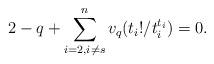
LaTeX: \begin{align*}2-q+ \sum_{i = 2, i \neq s}^n v_q(t_i!/t_i^{t_i}) = 0.\end{align*}